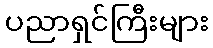
ပညာရှင်ကြီးများ